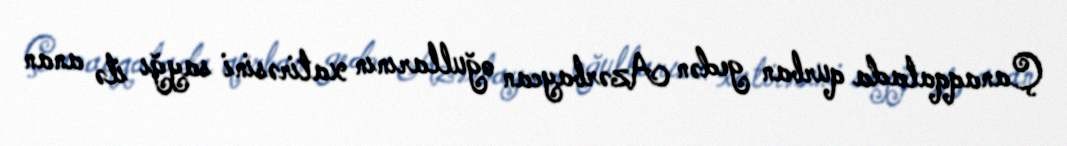
Çanaqqalada qurban gedən Azərbaycan oğullarının xatirəsini sayğı ilə anan